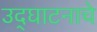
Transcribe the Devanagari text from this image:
उद्‌घाटनाचे